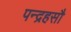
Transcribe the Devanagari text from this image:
पन्द्रहसौ